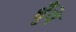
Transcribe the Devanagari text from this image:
धुँये